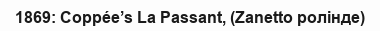
1869: Coppée’s La Passant, (Zanetto ролінде)